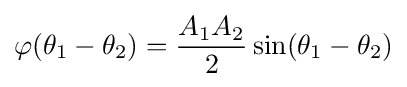
\varphi (\theta _{1}-\theta _{2})={\frac {A_{1}A_{2}}{2}}\sin(\theta _{1}-\theta _{2})